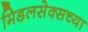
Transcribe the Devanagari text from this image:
मिडलसेक्सच्या